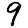
Digit: 9